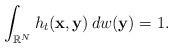
LaTeX: \begin{align*} \int_{\mathbb R^N} h_t(\mathbf x,\mathbf y)\, dw(\mathbf y)=1. \end{align*}